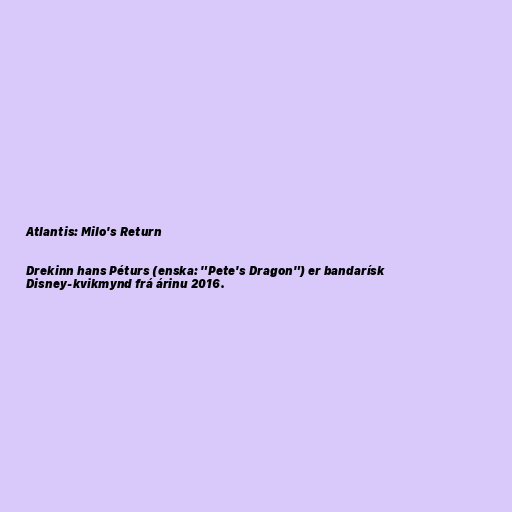
Atlantis: Milo's Return

Drekinn hans Péturs (enska: "Pete's Dragon") er bandarísk
Disney-kvikmynd frá árinu 2016.